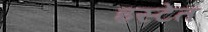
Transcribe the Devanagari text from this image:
इस्टेत